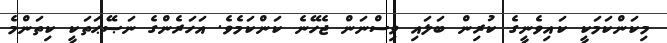
މިކަންކަމަކީ ކައިވެނީގެ ކުރިން ބަލައި ވިސްނަން ޖެހޭނެ ކަންކަމެވެ. އަހަރެންގެ ނަޞޭޙަތަކީ ކިތަންމެ